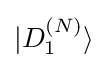
|D_{1}^{(N)}\rangle